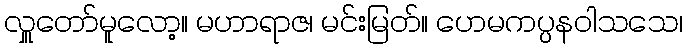
လှူတော်မူလော့။ မဟာရာဇ၊ မင်းမြတ်။ ဟေမကပ္ပနဝါသသေ၊